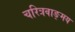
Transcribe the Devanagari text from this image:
चरित्रवाङ्मय